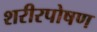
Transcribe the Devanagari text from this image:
शरीरपोषण